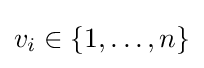
v_{i}\in \{1,\ldots ,n\}